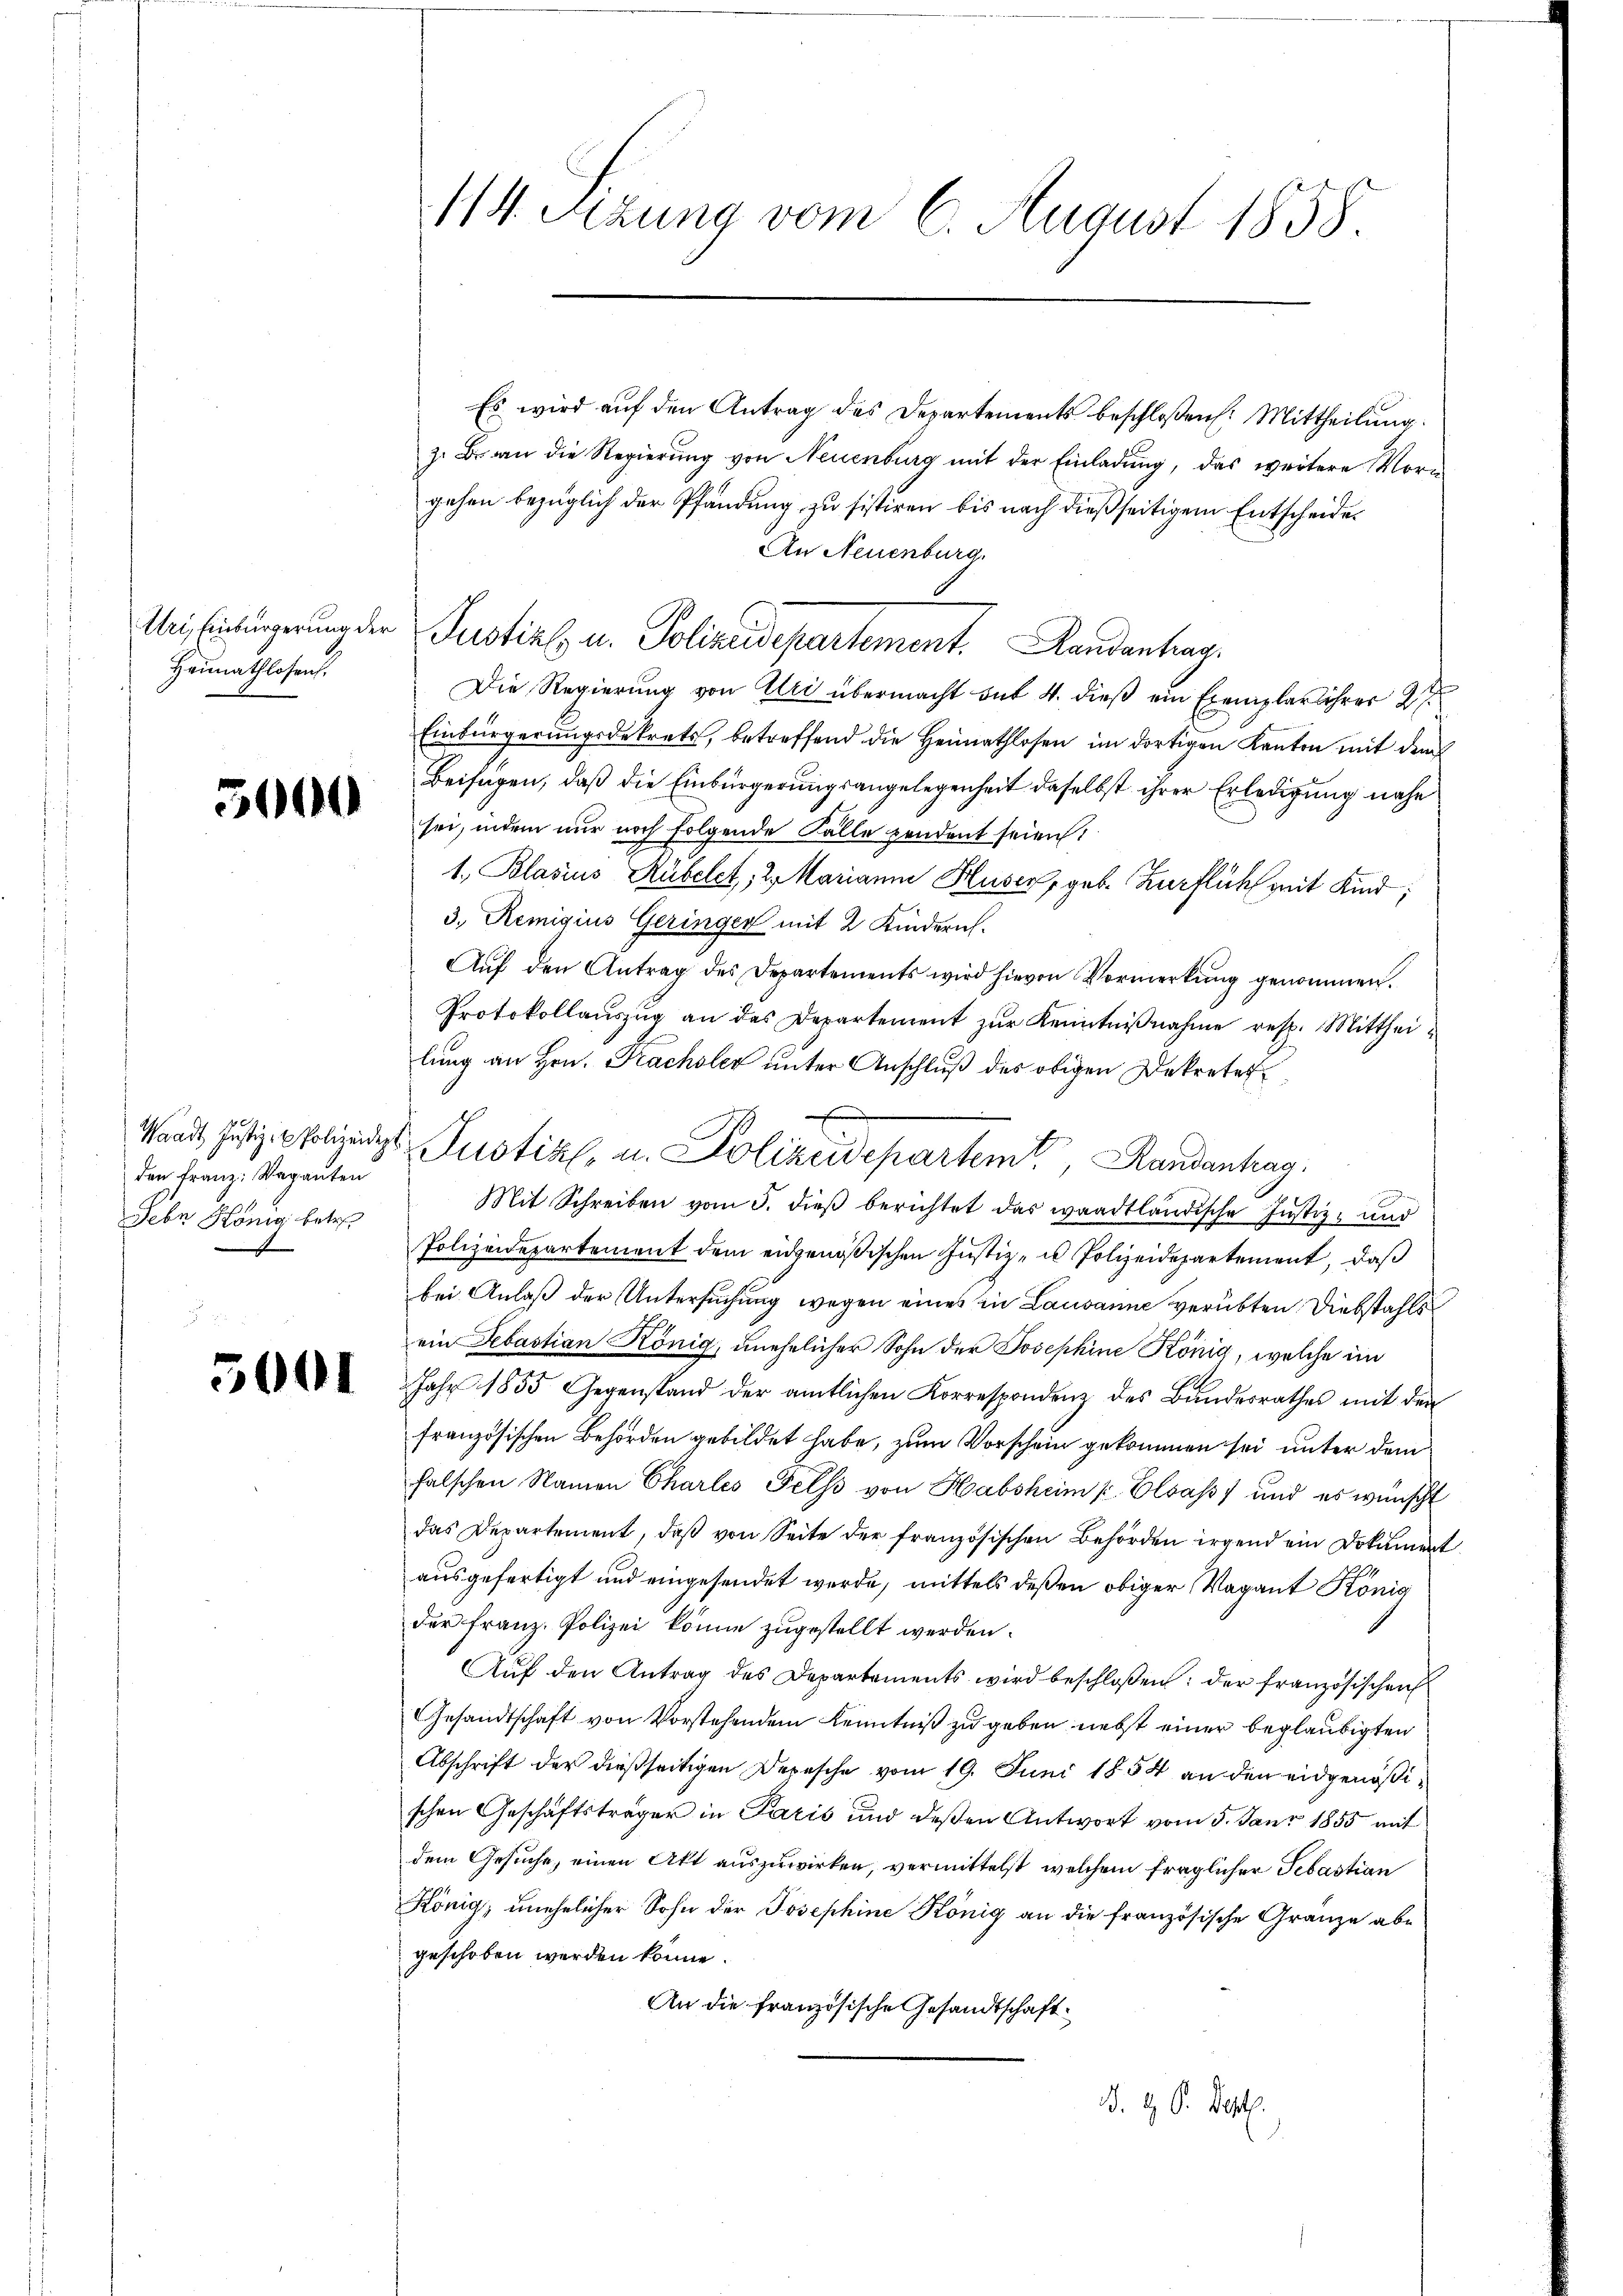
Uri, Einbürgerung der
Häunathlosen.

5600

den Franz: Vaganten
Febn König betre

3001

114. Sitzung vom 6. August 1858

Es wird auf den Antrag des Departements beschloßen: Mittheilung.
z. B. an die Regierŭng von Neuenburg mit der Einladŭng, das weitere Vor-
gehen bezüglich der Pfändung zu sistiren bis nach dießseitigem Entscheides
An Neuenburg.
Die Regierung von Uri übermacht bis 4. dieß ein Exemplar ihrer 27
Einbürgerŭngsdekrets, betreffend die Heimathlosen im dortigen Kanton mit dem
Beifügen, daß die Einbürgerungsangelegenheit daselbst ihrer Erledigung nahe
sei, indem nur noch folgende Fälle pendent seien:
1. Blasius Rübelt, 2. Marianna Huser, geb. Zurflich mit Kind,
3. Remigius Geringer mit 2 Kindern.
Aŭf den Antrag des Departements wird hievon Vormerkŭng genommen.
Protokollaŭszŭg an des Departement zŭr Kenntniβnahme resp. Mittheilung an Hrn. Frachsler unter Anschluß des obigen Dekreter
Mit Schreiben vom 3. dieß berichtet das waadtländische Justiz- und
Polizeidepartement dem eidgenößischen Justiz- u Polizeidepartement, daß
bei Anlaß der Untersuchung wegen eines in Lausanne verübten Diebstahls
ein Sebastian König, unehelicher Sohn der Josephine König, welche im
Jahr 1855 Gegenstand der amtlichen Korrespondenz des Bundesrathes mit den
französischen Behörden gebildet habe, zum Vorschein gekommen sei unter dem
falschen Namen Charles Fels von Habsheim Elsass, und es wünscht
das Departement, daβ von Seite der französischen Behörden irgend ein Dokument
ausgefertigt und eingesendet werde, mittels deßen obiger Vagant König
der Franz. Polizei könne zugestellt werden.
Auf den Antrag des Departements wird beschloßen: der französischen
Gesandtschaft von Vorstehendem Kenntniß zu geben nebst einer beglaubigten
Abschrift der dießseitigen Depesche vom 19. Juni 1854 an den eidgenößischen Geschäftsträger in Paris und deßen Antwort vom 5. Janr 1855 mit
dem Gesuche, einen Akt auszuwirken, vermittelst welchem fraglicher Sebastian
König, unehelicher Sohn der Josephine König an die französische Granze abe
geschoben werden könne.
An die französische Gesandtschaft.
. G. P. Bapt.

Justiz u. Polizeisepartement. Landantrag

E
Waadt Justiz - Polizeits Justiz, u. Polizeidepartemt. Randantrag